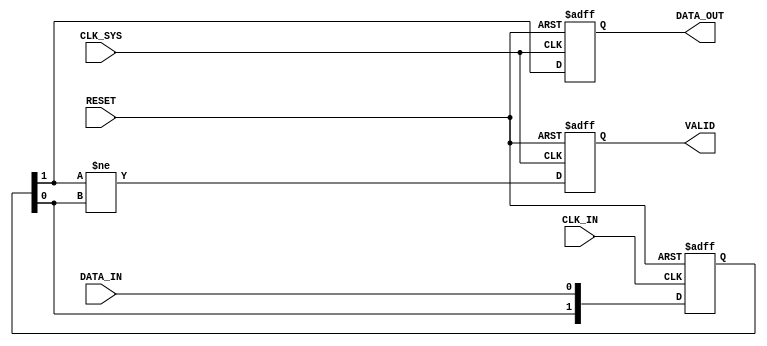
module async_to_sync_converter (
    input wire DATA_IN,        // Asynchronous Data Input
    input wire CLK_IN,         // Asynchronous Clock Input
    input wire CLK_SYS,        // System Clock
    input wire RESET,          // Asynchronous Reset
    output reg DATA_OUT,       // Synchronous Data Output
    output reg VALID           // Valid Signal
);

    // Internal signals for synchronizer
    reg [1:0] sync_ff;         // Dual flip-flop synchronizer
    reg data_in_prev;          // Previous state of DATA_IN

    // Asynchronous reset logic for output registers
    always @(posedge CLK_SYS or posedge RESET) begin
        if (RESET) begin
            DATA_OUT <= 1'b0;
            VALID <= 1'b0;
        end else begin
            DATA_OUT <= sync_ff[1]; // Register the synchronized data
            VALID <= (sync_ff[1] != sync_ff[0]); // Assert VALID on change
        end
    end

    // Dual flip-flop synchronizer for DATA_IN
    always @(posedge CLK_IN or posedge RESET) begin
        if (RESET) begin
            sync_ff <= 2'b00;
        end else begin
            sync_ff <= {sync_ff[0], DATA_IN}; // Shift in DATA_IN
        end
    end

    // Edge detection for DATA_IN to assert VALID
    always @(posedge CLK_SYS) begin
        data_in_prev <= sync_ff[1]; // Store previous state of synchronized data
    end

endmodule